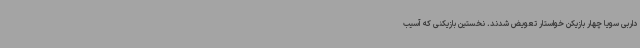
داربی سویا چهار بازیکن خواستار تعویض شدند. نخستین بازیکنی که آسیب